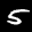
Label: 5